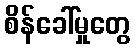
စိန်ခေါ်မှုတွေ